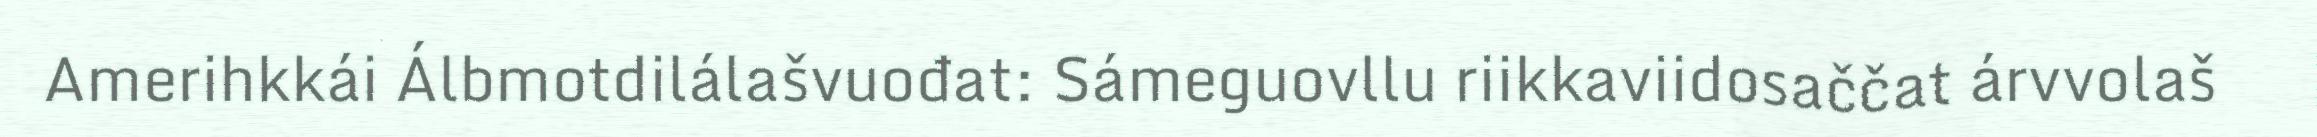
Amerihkkái Álbmotdilálašvuođat: Sámeguovllu riikkaviidosaččat árvvolaš